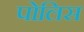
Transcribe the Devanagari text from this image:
पोलिस